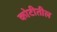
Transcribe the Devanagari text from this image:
कोटीतील